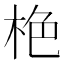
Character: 栬